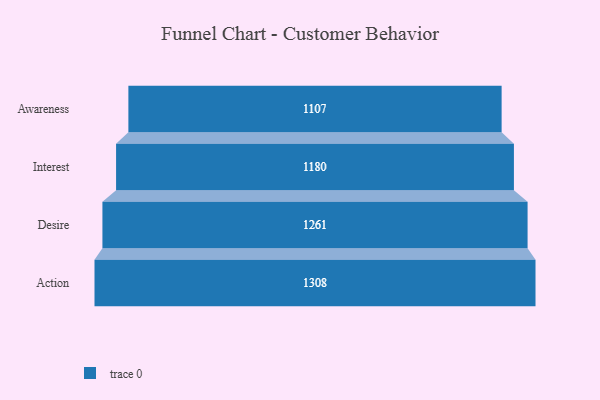
{"axis": {"x": "Stage", "y": "Value"}, "legend": [""], "data": [{"x": "Awareness", "y": 1107.0, "type": ""}, {"x": "Interest", "y": 1180.0, "type": ""}, {"x": "Desire", "y": 1261.0, "type": ""}, {"x": "Action", "y": 1308.0, "type": ""}]}